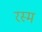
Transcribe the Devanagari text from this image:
रस्‍म